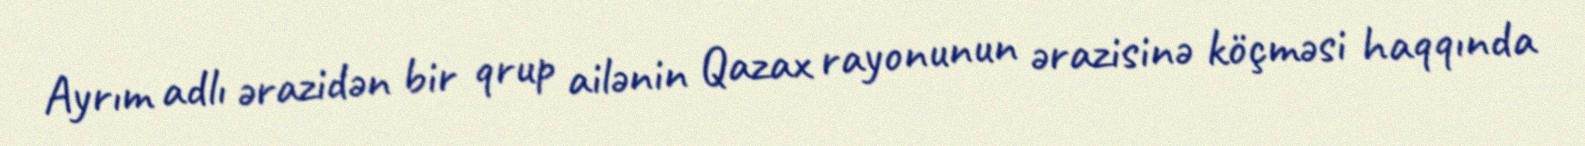
Ayrım adlı ərazidən bir qrup ailənin Qazax rayonunun ərazisinə köçməsi haqqında